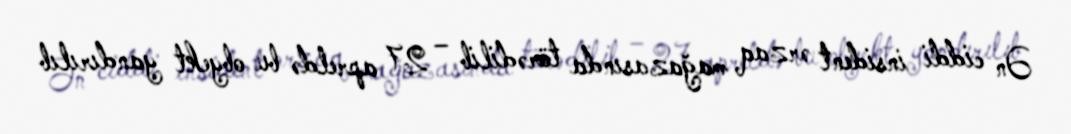
Ən ciddi insident ərzaq mağazasında törədilib – 27 apreldə bu obyekt yandırılıb